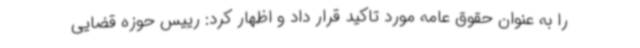
را به عنوان حقوق عامه مورد تاکید قرار داد و اظهار کرد: رییس حوزه قضایی